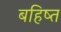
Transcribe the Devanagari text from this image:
बहिष्त